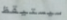
سيستيقظ